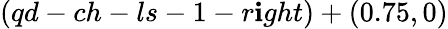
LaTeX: (qd-ch-ls-1-r\mathbf{i}ght)+(0.75,0)